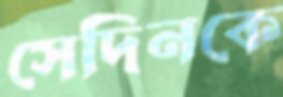
সেদিনকে